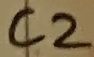
Text: C2